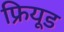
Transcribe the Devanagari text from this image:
फ्रियूड